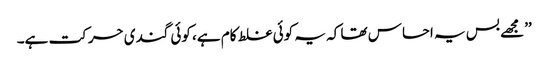
’’مجھے بس یہ احساس تھا کہ یہ کوئی غلط کام ہے، کوئی گندی حرکت ہے۔